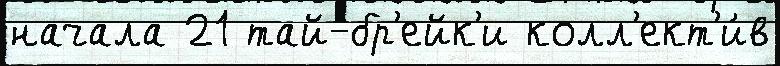
начала 21 тай-бр'ейк'и колл'ект'и́в